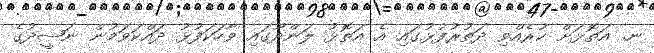
ނ. އަތޮޅަށް ކުރެއްވި ދަތުރުފުޅުގައި އެ އަތޮޅު ލަންދޫގައި ވާހަކަފުޅު ދައްކަވަމުން ނަޝީދުގެ